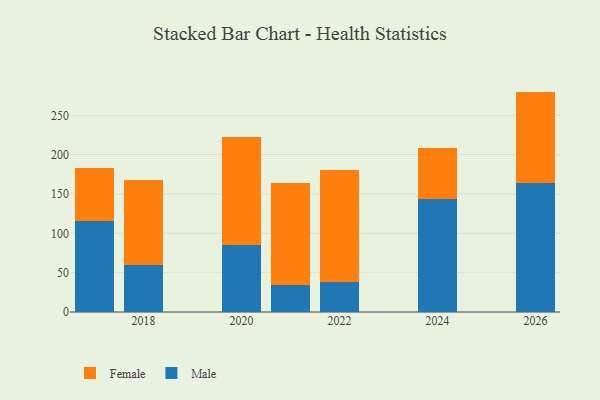
{"axis": {"x": "Year", "y": "Energy Usage (MWh)"}, "legend": ["Female", "Male"], "data": [{"x": "2026", "y": 164.6, "type": "Male"}, {"x": "2026", "y": 115.6, "type": "Female"}, {"x": "2022", "y": 37.6, "type": "Male"}, {"x": "2022", "y": 143.3, "type": "Female"}, {"x": "2024", "y": 143.8, "type": "Male"}, {"x": "2024", "y": 64.8, "type": "Female"}, {"x": "2021", "y": 34.6, "type": "Male"}, {"x": "2021", "y": 129.8, "type": "Female"}, {"x": "2018", "y": 59.3, "type": "Male"}, {"x": "2018", "y": 108.3, "type": "Female"}, {"x": "2020", "y": 85.7, "type": "Male"}, {"x": "2020", "y": 136.9, "type": "Female"}, {"x": "2017", "y": 115.1, "type": "Male"}, {"x": "2017", "y": 68.4, "type": "Female"}]}